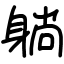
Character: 躺